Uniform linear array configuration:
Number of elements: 4
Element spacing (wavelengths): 0.5
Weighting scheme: binomial
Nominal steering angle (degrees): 60
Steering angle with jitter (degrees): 61.109
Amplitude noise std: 0.05
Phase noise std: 0.05

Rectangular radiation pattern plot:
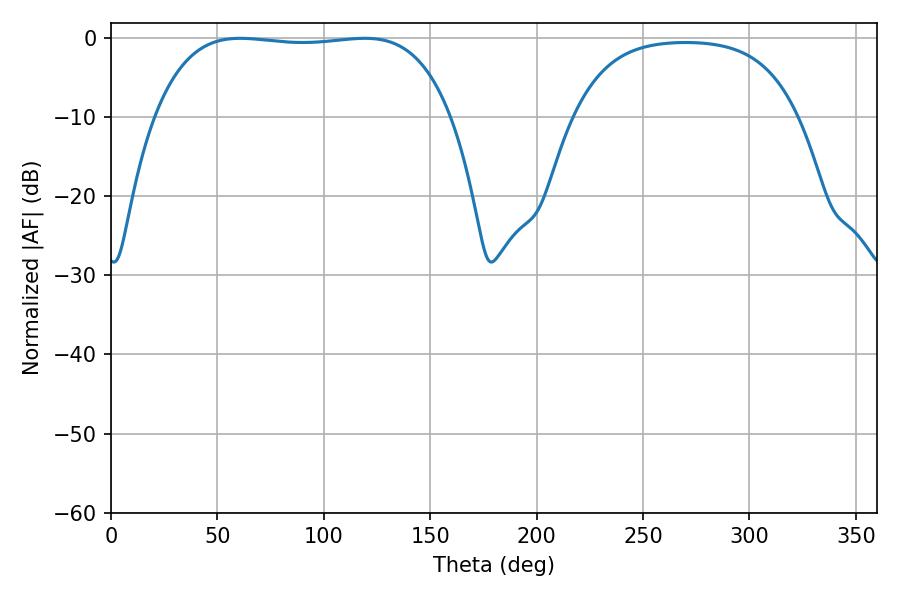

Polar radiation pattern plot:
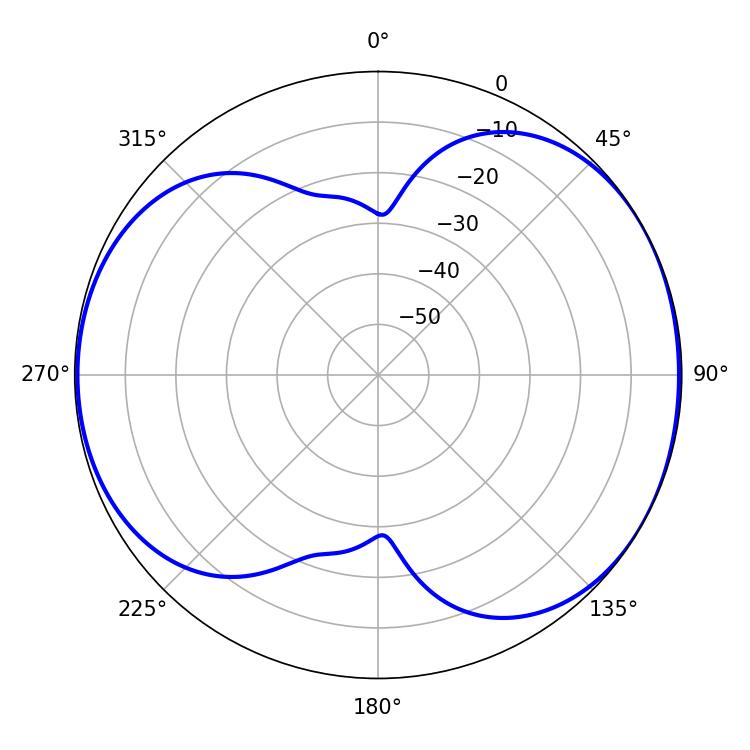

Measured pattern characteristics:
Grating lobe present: FALSE
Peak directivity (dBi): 5.701
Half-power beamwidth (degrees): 110.16
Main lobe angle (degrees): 60.66